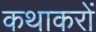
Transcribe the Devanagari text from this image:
कथाकरों